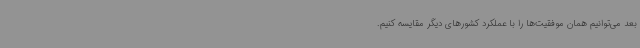
بعد می‌توانیم همان موفقیت‌ها را با عملکرد کشورهای دیگر مقایسه کنیم.